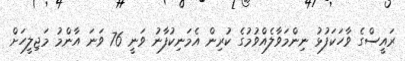
ރައީސްގެ ވާހަކަފުޅު ނިންމަވާލެއްވުމުގެ ކުރިން އެމަނިކުފާނު ވަނީ 76 ވަނަ އާންމު މަޖިލީހަށް